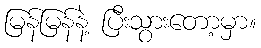
မြန်မြန်နဲ့ ပြီးသွားတော့မှာ။